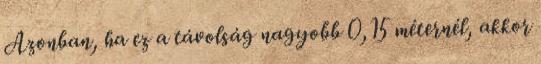
Azonban, ha ez a távolság nagyobb 0,15 méternél, akkor